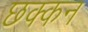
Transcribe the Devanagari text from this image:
छक्कन